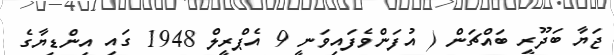
ޖަޔާ ބަދޫރީ ބައްޗަން ( އުފަންވެފައިވަނީ 9 އެޕްރީލް 1948 ގައި އިންޑިޔާގެ